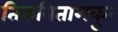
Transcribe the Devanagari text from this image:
तिरुवितामकूर